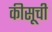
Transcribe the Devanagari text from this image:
कीसूची